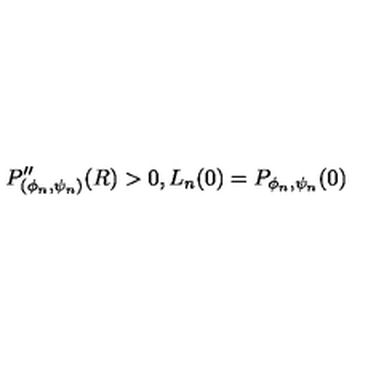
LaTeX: P _ { ( \phi _ { n } , \psi _ { n } ) } ^ { \prime \prime } ( R ) > 0 , L _ { n } ( 0 ) = P _ { \phi _ { n } , \psi _ { n } } ( 0 )